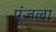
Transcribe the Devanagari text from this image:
पूंजला